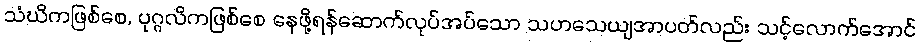
သံဃိကဖြစ်စေ, ပုဂ္ဂလိကဖြစ်စေ နေဖို့ရန်ဆောက်လုပ်အပ်သော သဟသေယျအာပတ်လည်း သင့်လောက်အောင်